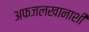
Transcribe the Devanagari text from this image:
अफजलखानाशी